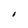
Character: I